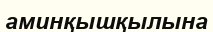
аминқышқылына